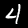
Digit: 4